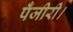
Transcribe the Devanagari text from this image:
पँजीरी।